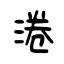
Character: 淃